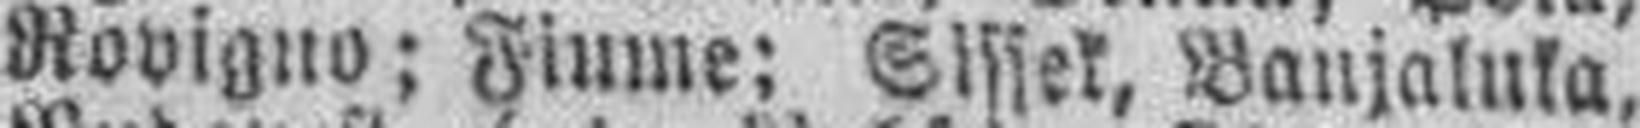
Rovigno; Fiume; Sissek, Banjaluka.